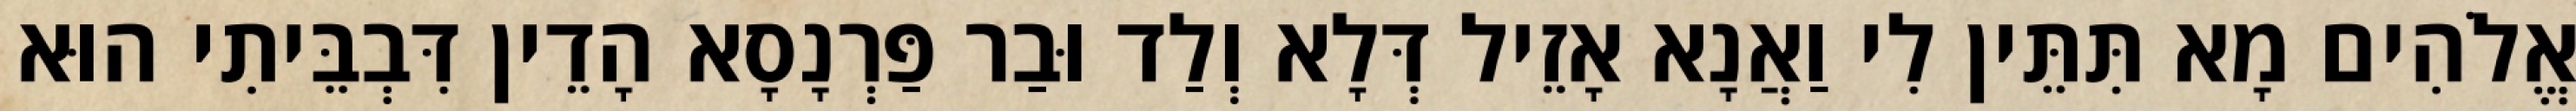
אֱלֹהִים מָא תִּתֵּין לִי וַאֲנָא אָזֵיל דְּלָא וְלַד וּבַר פַּרְנָסָא הָדֵין דִּבְבֵּיתִי הוּא